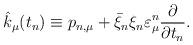
LaTeX: \begin{align*}\hat k_\mu (t_n ) \equiv p_{n,\mu } + \bar \xi _n \xi _n \varepsilon _\mu ^n \frac{\partial }{{\partial t_n }}.\end{align*}